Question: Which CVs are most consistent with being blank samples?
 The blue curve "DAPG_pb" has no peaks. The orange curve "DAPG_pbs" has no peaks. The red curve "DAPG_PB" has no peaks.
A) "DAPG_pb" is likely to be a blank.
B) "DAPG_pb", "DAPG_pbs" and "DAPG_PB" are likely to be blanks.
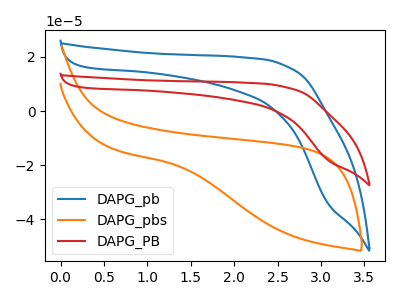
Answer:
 <answer>B) "DAPG_pb", "DAPG_pbs" and "DAPG_PB" are likely to be blanks.</answer>
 <eval>B</eval>